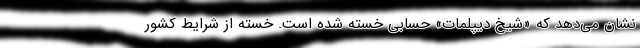
نشان می‌دهد که «شیخ دیپلمات» حسابی خسته شده است. خسته از شرایط کشور